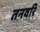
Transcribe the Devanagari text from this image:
तनवरि